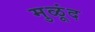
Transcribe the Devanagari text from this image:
मुळूंद